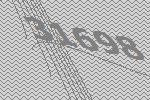
31698